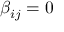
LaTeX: \beta _ { i j } = 0